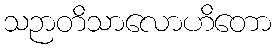
သဉာတိသာလောဟိတော